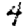
Digit: 4